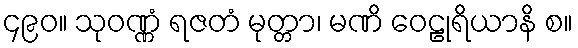
၄၉၀။ သုဝဏ္ဏံ ရဇတံ မုတ္တာ၊ မဏိ ဝေဠုရိယာနိ စ။